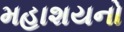
મહાશયનો